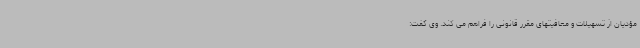
مؤدیان از تسهیلات و معافیتهای مقرر قانونی را فراهم می کند. وی گفت: